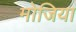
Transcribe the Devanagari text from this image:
मोजिया